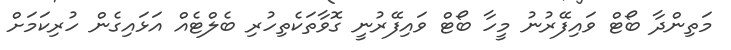
މަތިންދާ ބޯޓް ވައިފޭރުނު މީހާ ބޯޓް ވައިފޭރުނީ ގޮވާތަކެތިހުރި ބެލްޓެއް އަޅައިގެން ހުރިކަމަށް